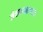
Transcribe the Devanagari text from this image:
जेवणाखाण्याचा